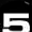
Digit: 5